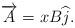
LaTeX: \begin{align*}\overrightarrow{A}=xB\widehat{j}. \end{align*}